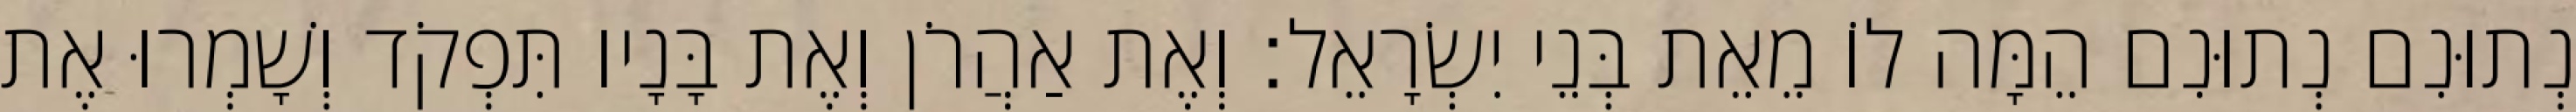
נְתוּנִם נְתוּנִם הֵמָּה לוֹ מֵאֵת בְּנֵי יִשְׂרָאֵל׃ וְאֶת אַהֲרֹן וְאֶת בָּנָיו תִּפְקֹד וְשָׁמְרוּ אֶת